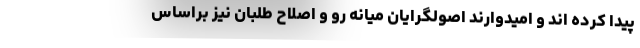
پیدا کرده اند و امیدوارند اصولگرایان میانه رو و اصلاح طلبان نیز براساس